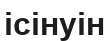
ісінуін